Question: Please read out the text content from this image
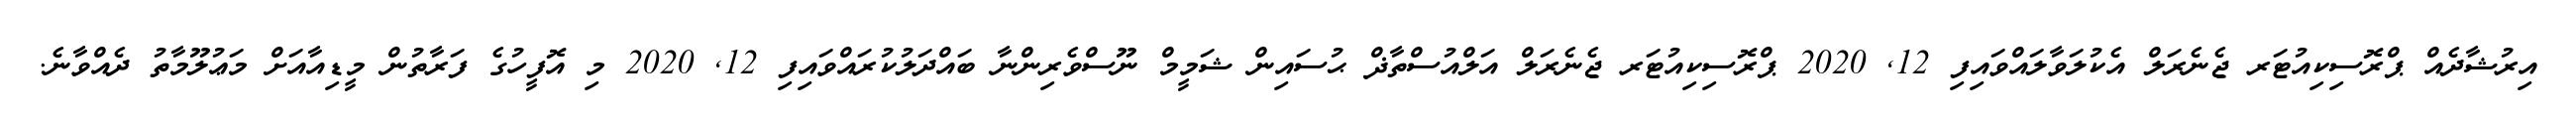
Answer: އިރުޝާދެއް ޕްރޮސިކިއުޓަރ ޖެނެރަލް އެކުލަވާލައްވައިފި 12, 2020 ޕްރޮސިކިއުޓަރ ޖެނެރަލް އަލްއުސްތާޛް ޙުސައިން ޝަމީމް ނޫސްވެރިންނާ ބައްދަލުކުރައްވައިފި 12, 2020 މި އޮފީހުގެ ފަރާތުން މީޑިއާއަށް މަޢުލޫމާތު ދެއްވާނެ.